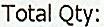
TOTAL QTY: